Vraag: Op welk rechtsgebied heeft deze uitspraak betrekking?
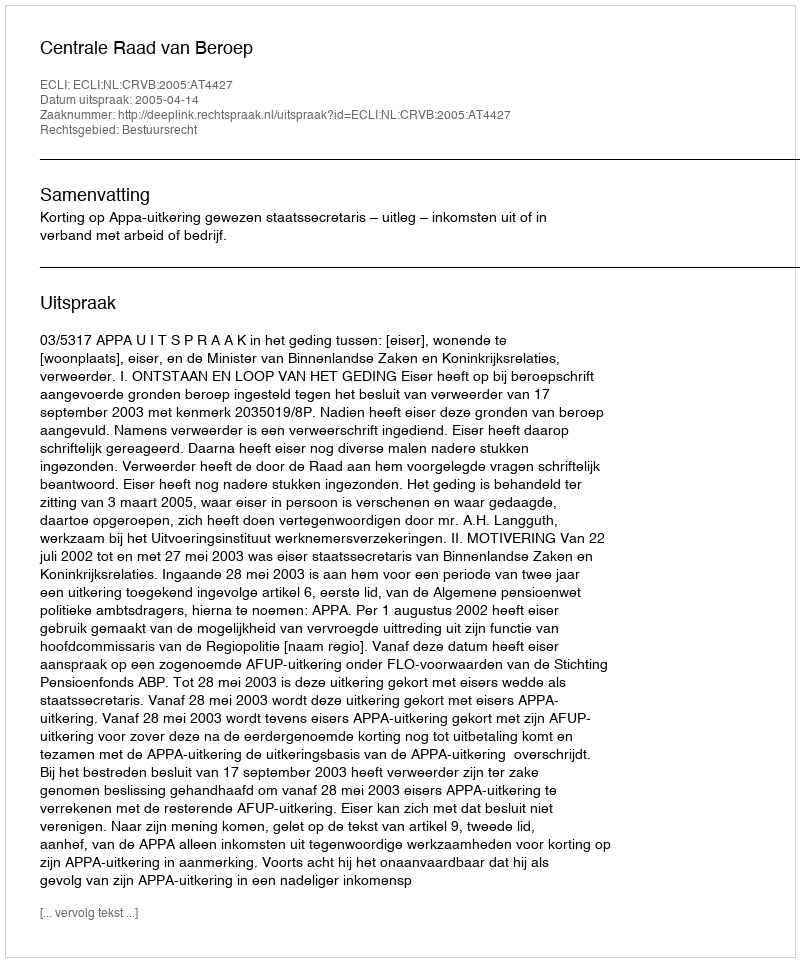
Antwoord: Bestuursrecht